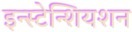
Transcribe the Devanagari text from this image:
इन्स्टेन्शियशन